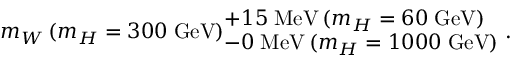
m _ { W } \, ( m _ { H } = 3 0 0 \; \mathrm { G e V } ) _ { \textstyle - 0 \; \mathrm { M e V } \, ( m _ { H } = 1 0 0 0 \; \mathrm { G e V } ) } ^ { \textstyle + 1 5 \; \mathrm { M e V } \, ( m _ { H } = 6 0 \; \mathrm { G e V } ) } \; .